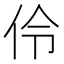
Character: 伶